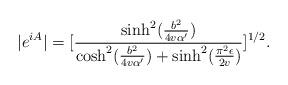
LaTeX: \begin{align*}|e^{iA}|=[\frac{\sinh^{2}(\frac{b^2}{4v \alpha '})}{\cosh^{2}(\frac{b^2}{4v \alpha '})+\sinh^{2}(\frac{\pi^2 \epsilon}{2v})}]^{1/2}.\end{align*}